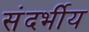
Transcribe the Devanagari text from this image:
संदर्भीय